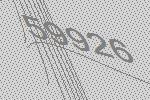
59926